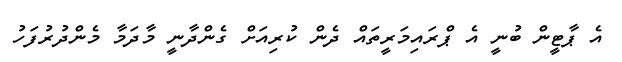
އެ ޕާޓީން ބުނީ އެ ޕްރައިމަރީތައް ދެން ކުރިއަށް ގެންދާނީ މާދަމާ މެންދުރުފަހު